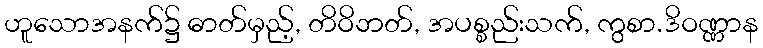
ဟူသောအနက်၌ ဓာတ်မှည့်, တိဝိဘတ်, အပစ္စည်းသက်, ကွစာ.ဒိဝဏ္ဏာန